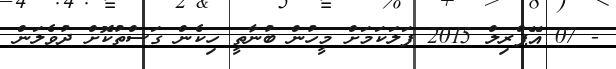
- 07 އޭޕްރިލް 2015 ފަލަކަމަށް މީހުން ބުނާތީ ހިކެން ގަސްތުކޮށް ދުވެލަން